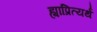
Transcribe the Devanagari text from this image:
ह्याप्रित्यर्थ